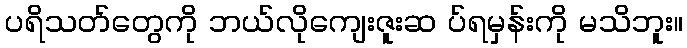
ပရိသတ်တွေကို ဘယ်လိုကျေးဇူးဆ ပ်ရမှန်းကို မသိဘူး။